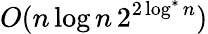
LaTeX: O(n\log n\, 2^{2\log^{*}n})